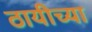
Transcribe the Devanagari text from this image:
ठायीच्या